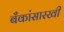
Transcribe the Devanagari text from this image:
बँकांसारखी